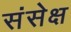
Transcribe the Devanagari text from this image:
संसेक्ष